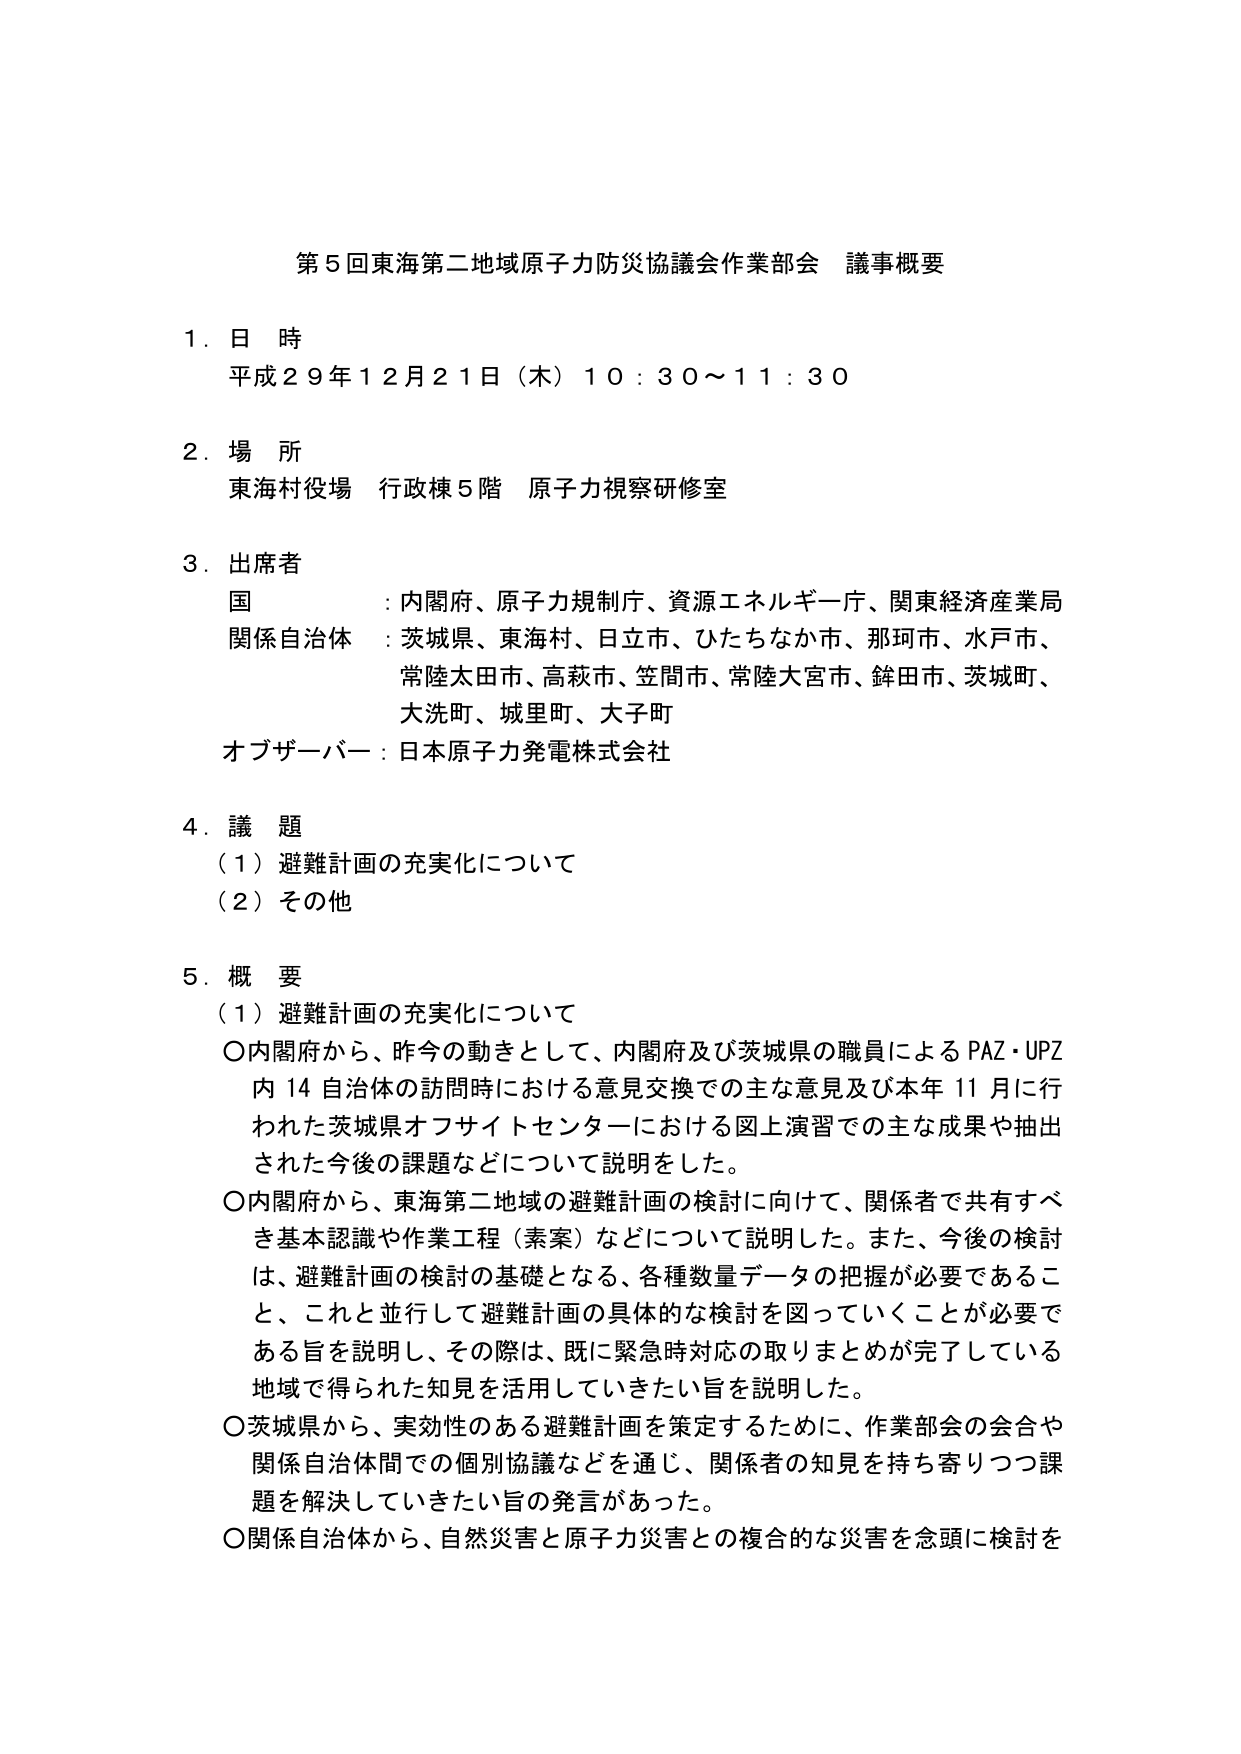
第５回東海第二地域原子力防災協議会作業部会 議事概要

１．日 時
平成２９年１２月２１日（木）１０：３０～１１：３０

２．場 所
東海村役場 行政棟５階 原子力視察研修室

３．出席者
国 ：内閣府、原子力規制庁、資源エネルギー庁、関東経済産業局
関係自治体 ：茨城県、東海村、日立市、ひたちなか市、那珂市、水戸市、
　　　　　　常陸太田市、高萩市、笠間市、常陸大宮市、鉾田市、茨城町、
　　　　　　大洗町、城里町、大子町
オブザーバー：日本原子力発電株式会社

４．議 題
（１）避難計画の充実化について
（２）その他

５．概 要
（１）避難計画の充実化について
〇内閣府から、昨今の動きとして、内閣府及び茨城県の職員によるPAZ・UPZ
　内１４自治体の訪問時における意見交換での主な意見及び本年１１月に行
　われた茨城県オフサイトセンターにおける図上演習での主な成果や抽出
　された今後の課題などについて説明をした。
〇内閣府から、東海第二地域の避難計画の検討に向けて、関係者で共有すべ
　き基本認識や作業工程（素案）などについて説明した。また、今後の検討
　は、避難計画の検討の基礎となる、各種数量データの把握が必要であるこ
　と、これと並行して避難計画の具体的な検討を図っていくことが必要で
　ある旨を説明し、その際は、既に緊急時対応の取りまとめが完了している
　地域で得られた知見を活用していきたい旨を説明した。
〇茨城県から、実効性のある避難計画を策定するために、作業部会の会合や
　関係自治体間での個別協議などを通じ、関係者の知見を持ち寄りつつ課
　題を解決していきたい旨の発言があった。
〇関係自治体から、自然災害と原子力災害との複合的な災害を念頭に検討を